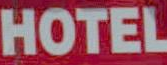
HOTEL